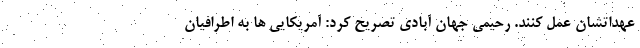
عهداتشان عمل کنند. رحیمی جهان آبادی تصریح کرد: آمریکایی ها به اطرافیان